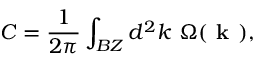
C = \frac { 1 } { 2 \pi } \int _ { B Z } d ^ { 2 } k ~ \Omega ( \textbf { k } ) ,